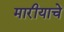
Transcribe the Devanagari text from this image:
मारीयाचे